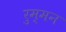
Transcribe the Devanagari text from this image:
रुम्मन